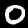
Label: 0